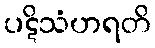
ပဋိသံဟရတိ